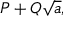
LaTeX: P + Q { \sqrt { a } } ,